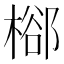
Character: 㮝